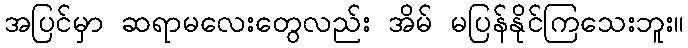
အပြင်မှာ ဆရာမလေးတွေလည်း အိမ် မပြန်နိုင်ကြသေးဘူး။